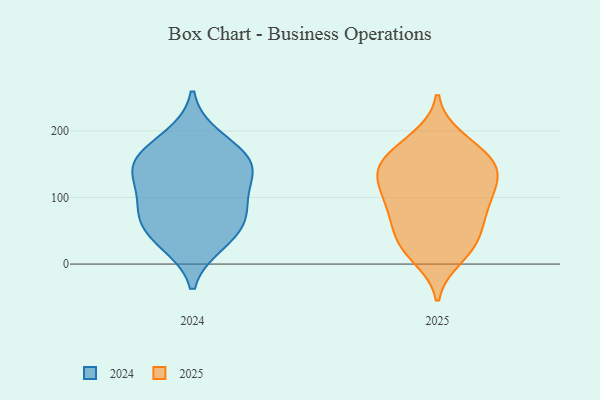
{"axis": {"x": "Churn Rate (%)", "y": "Value"}, "legend": ["2024", "2025"], "data": [{"x": "", "y": 163, "type": "2024"}, {"x": "", "y": 41, "type": "2024"}, {"x": "", "y": 32, "type": "2024"}, {"x": "", "y": 150, "type": "2024"}, {"x": "", "y": 67, "type": "2024"}, {"x": "", "y": 142, "type": "2024"}, {"x": "", "y": 190, "type": "2024"}, {"x": "", "y": 115, "type": "2024"}, {"x": "", "y": 87, "type": "2024"}, {"x": "", "y": 147, "type": "2024"}, {"x": "", "y": 75, "type": "2024"}, {"x": "", "y": 58, "type": "2025"}, {"x": "", "y": 81, "type": "2025"}, {"x": "", "y": 34, "type": "2025"}, {"x": "", "y": 91, "type": "2025"}, {"x": "", "y": 100, "type": "2025"}, {"x": "", "y": 117, "type": "2025"}, {"x": "", "y": 158, "type": "2025"}, {"x": "", "y": 142, "type": "2025"}, {"x": "", "y": 24, "type": "2025"}, {"x": "", "y": 77, "type": "2025"}, {"x": "", "y": 178, "type": "2025"}, {"x": "", "y": 156, "type": "2025"}, {"x": "", "y": 132, "type": "2025"}, {"x": "", "y": 11, "type": "2025"}, {"x": "", "y": 188, "type": "2025"}, {"x": "", "y": 145, "type": "2025"}, {"x": "", "y": 32, "type": "2025"}, {"x": "", "y": 133, "type": "2025"}]}